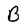
Character: B